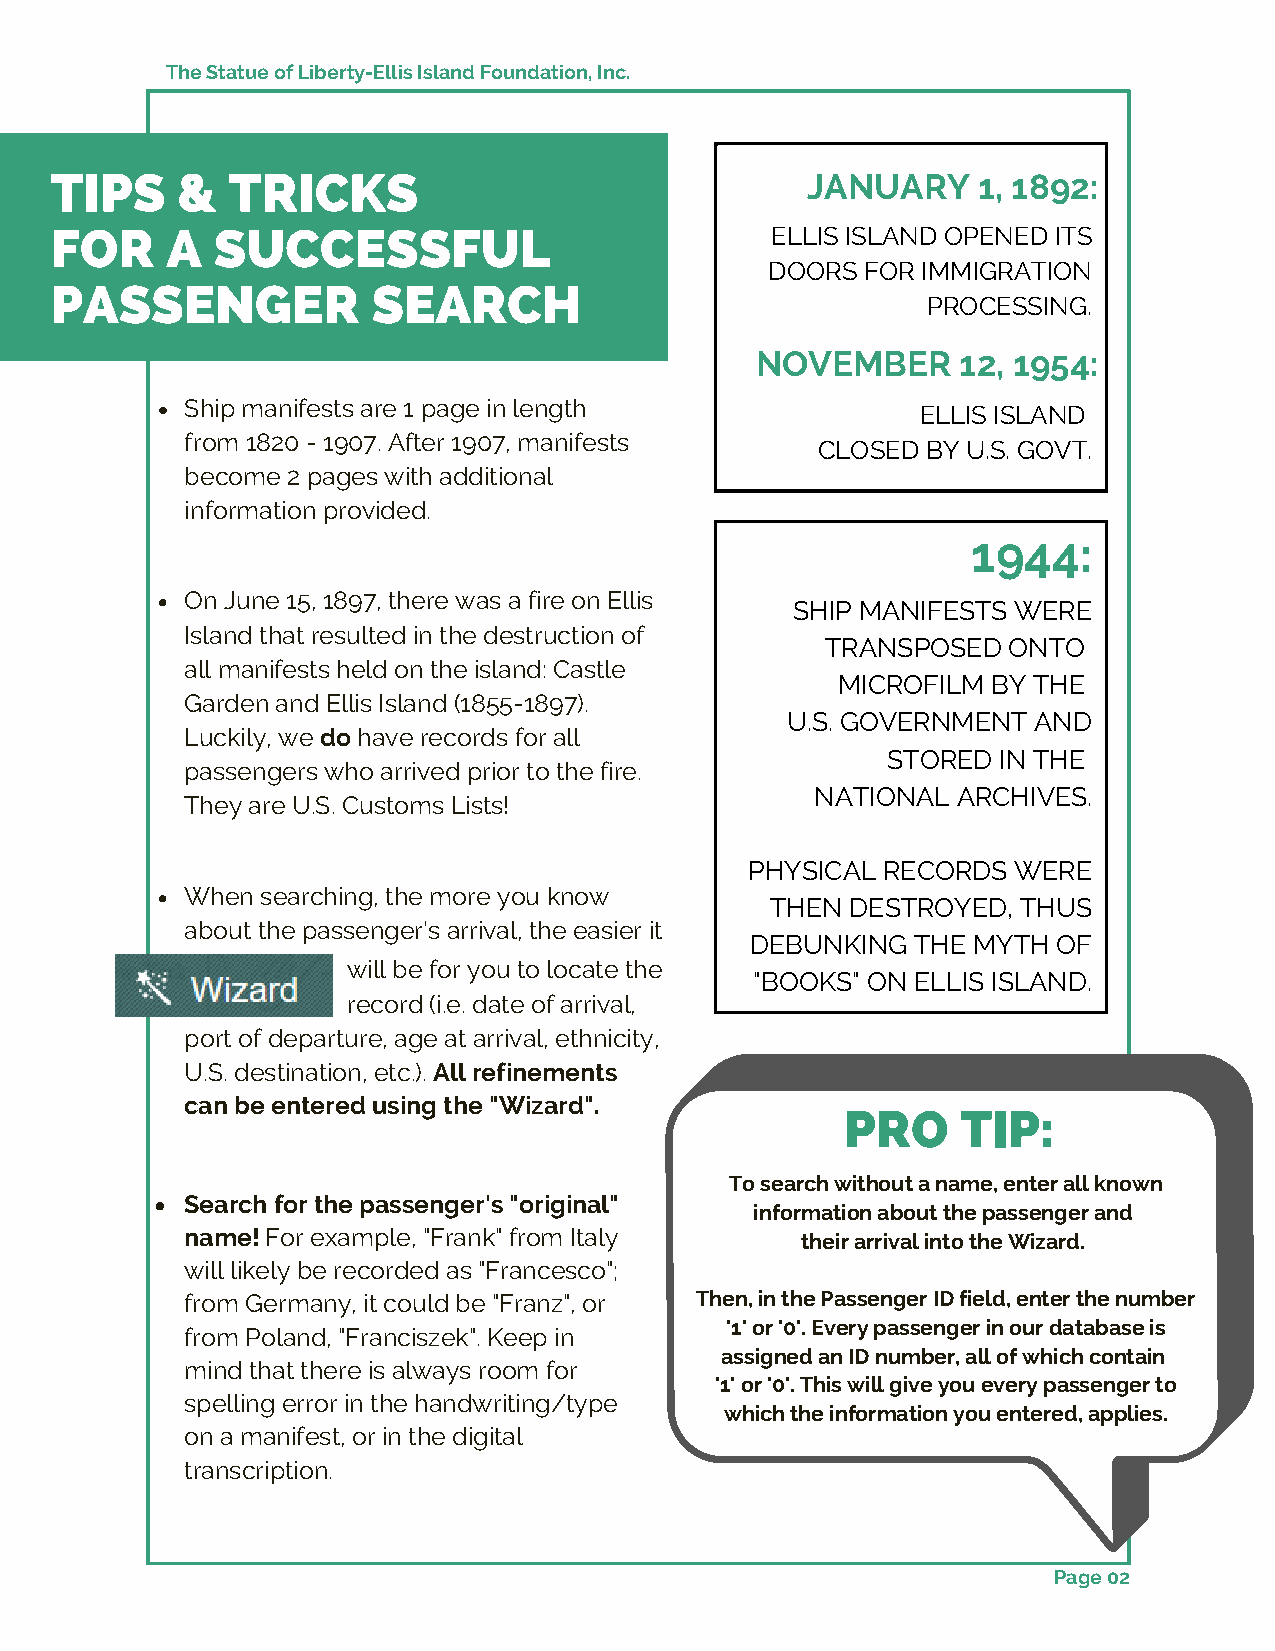
The Statue of Liberty-Ellis Island Foundation, Inc.
 TIPS     &  TRICKS                                JANUARY     1, 1892:
 FOR     A  SUCCESSFUL                           ELLIS ISLAND OPENED ITS
 DOORS FOR IMMIGRATION
 PASSENGER             SEARCH
 PROCESSING.
 NOVEMBER      12, 1954:
 Ship manifests are 1 page in length              ELLIS ISLAND
 from 1820 - 1907. After 1907, manifests
 CLOSED BY U.S. GOVT.
 become 2 pages with additional
 information provided.
 1944:
 On June 15, 1897, there was a fire on Ellis
 SHIP MANIFESTS WERE
 Island that resulted in the destruction of
 TRANSPOSED  ONTO
 all manifests held on the island: Castle
 MICROFILM  BY THE
 Garden and Ellis Island (1855-1897).
 U.S. GOVERNMENT AND
 Luckily, we do have records for all
 STORED IN THE
 passengers who arrived prior to the fire.
 NATIONAL ARCHIVES.
 They are U.S. Customs Lists!
 PHYSICAL RECORDS WERE
 When searching, the more you know
 THEN DESTROYED,  THUS
 about the passenger's arrival, the easier it
 DEBUNKING  THE MYTH OF
 will be for you to locate the
 "BOOKS" ON ELLIS ISLAND.
 record (i.e. date of arrival,
 port of departure, age at arrival, ethnicity,
 U.S. destination, etc.). All refinements
 can be entered using the "Wizard".
 PRO     TIP:
 To search without a name, enter all known
 Search for the passenger's "original"
 information about the passenger and
 name! For example, "Frank" from Italy    their arrival into the Wizard.
 will likely be recorded as "Francesco";
 from Germany, it could be "Franz", or Then, in the Passenger ID field, enter the number
 '1' or '0'. Every passenger in our database is
 from Poland, "Franciszek". Keep in
 assigned an ID number, all of which contain
 mind that there is always room for
 '1' or '0'. This will give you every passenger to
 spelling error in the handwriting/type
 which the information you entered, applies.
 on a manifest, or in the digital
 transcription.
 Page 02